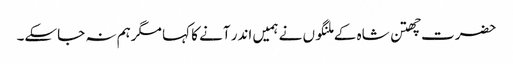
حضرت چھتن شاہ کے ملنگوں نے ہمیں اندر آنے کا کہا مگرہم نہ جاسکے۔